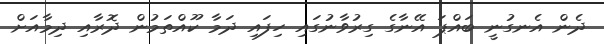
ދެން އެނގުނީ ބައްޕަ އޭނާގެ ގިރުވާނުގައި ހިފައި ދަމާ ކޫއްތަމުން ދޮރާއި ދިމާއަށް